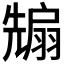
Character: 𭀵